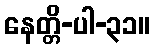
နေတ္တိ-ပါ-၃၁။